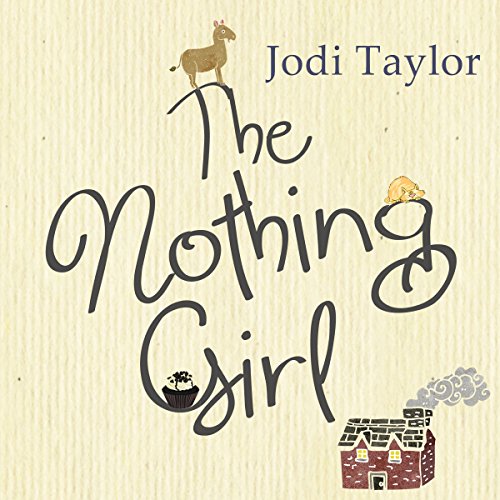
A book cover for The Nothing Girl; Jodi Taylor; Romance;